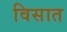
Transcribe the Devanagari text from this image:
विसात